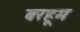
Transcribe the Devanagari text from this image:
बरहूम